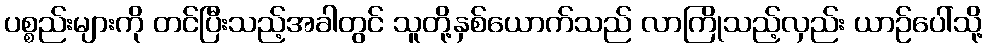
ပစ္စည်းများကို တင်ပြီးသည့်အခါတွင် သူတို့နှစ်ယောက်သည် လာကြိုသည့်လှည်း ယာဉ်ပေါ်သို့